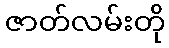
ဇာတ်လမ်းတို